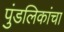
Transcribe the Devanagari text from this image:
पुंडलिकांचा